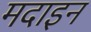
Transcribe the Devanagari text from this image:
मदाइन